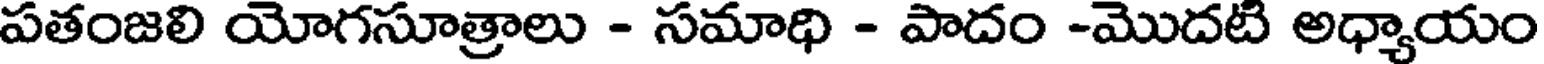
పతంజలి యోగసూత్రాలు - సమాధి - పాదం -మొదటి అధ్యాయం